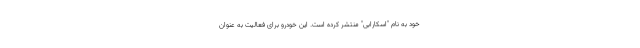
خود به نام "اسکارابی" منتشر کرده است. این خودرو برای فعالیت به عنوان